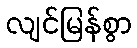
လျင်မြန်စွာ